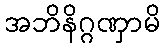
အဘိနိဂ္ဂဏှာမိ